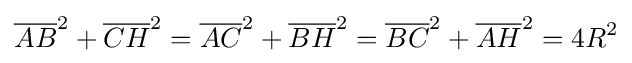
{\overline {AB}}^{2}+{\overline {CH}}^{2}={\overline {AC}}^{2}+{\overline {BH}}^{2}={\overline {BC}}^{2}+{\overline {AH}}^{2}=4R^{2}